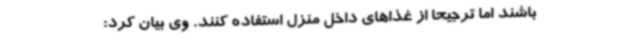
باشند اما ترجیحاً از غذاهای داخل منزل استفاده کنند. وی بیان کرد: